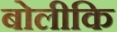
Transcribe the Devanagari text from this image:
बोलीकि